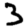
Digit: 3